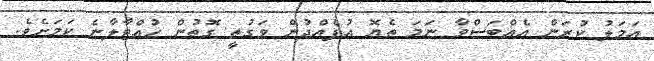
އަމަލު ކުރަން އެއްބަސްވާ ނަމަ ތެޔޮ އުފެއްދުން ވަގުތީ ގޮތުން ހުއްޓާލާނެ ކަމަށެވެ.